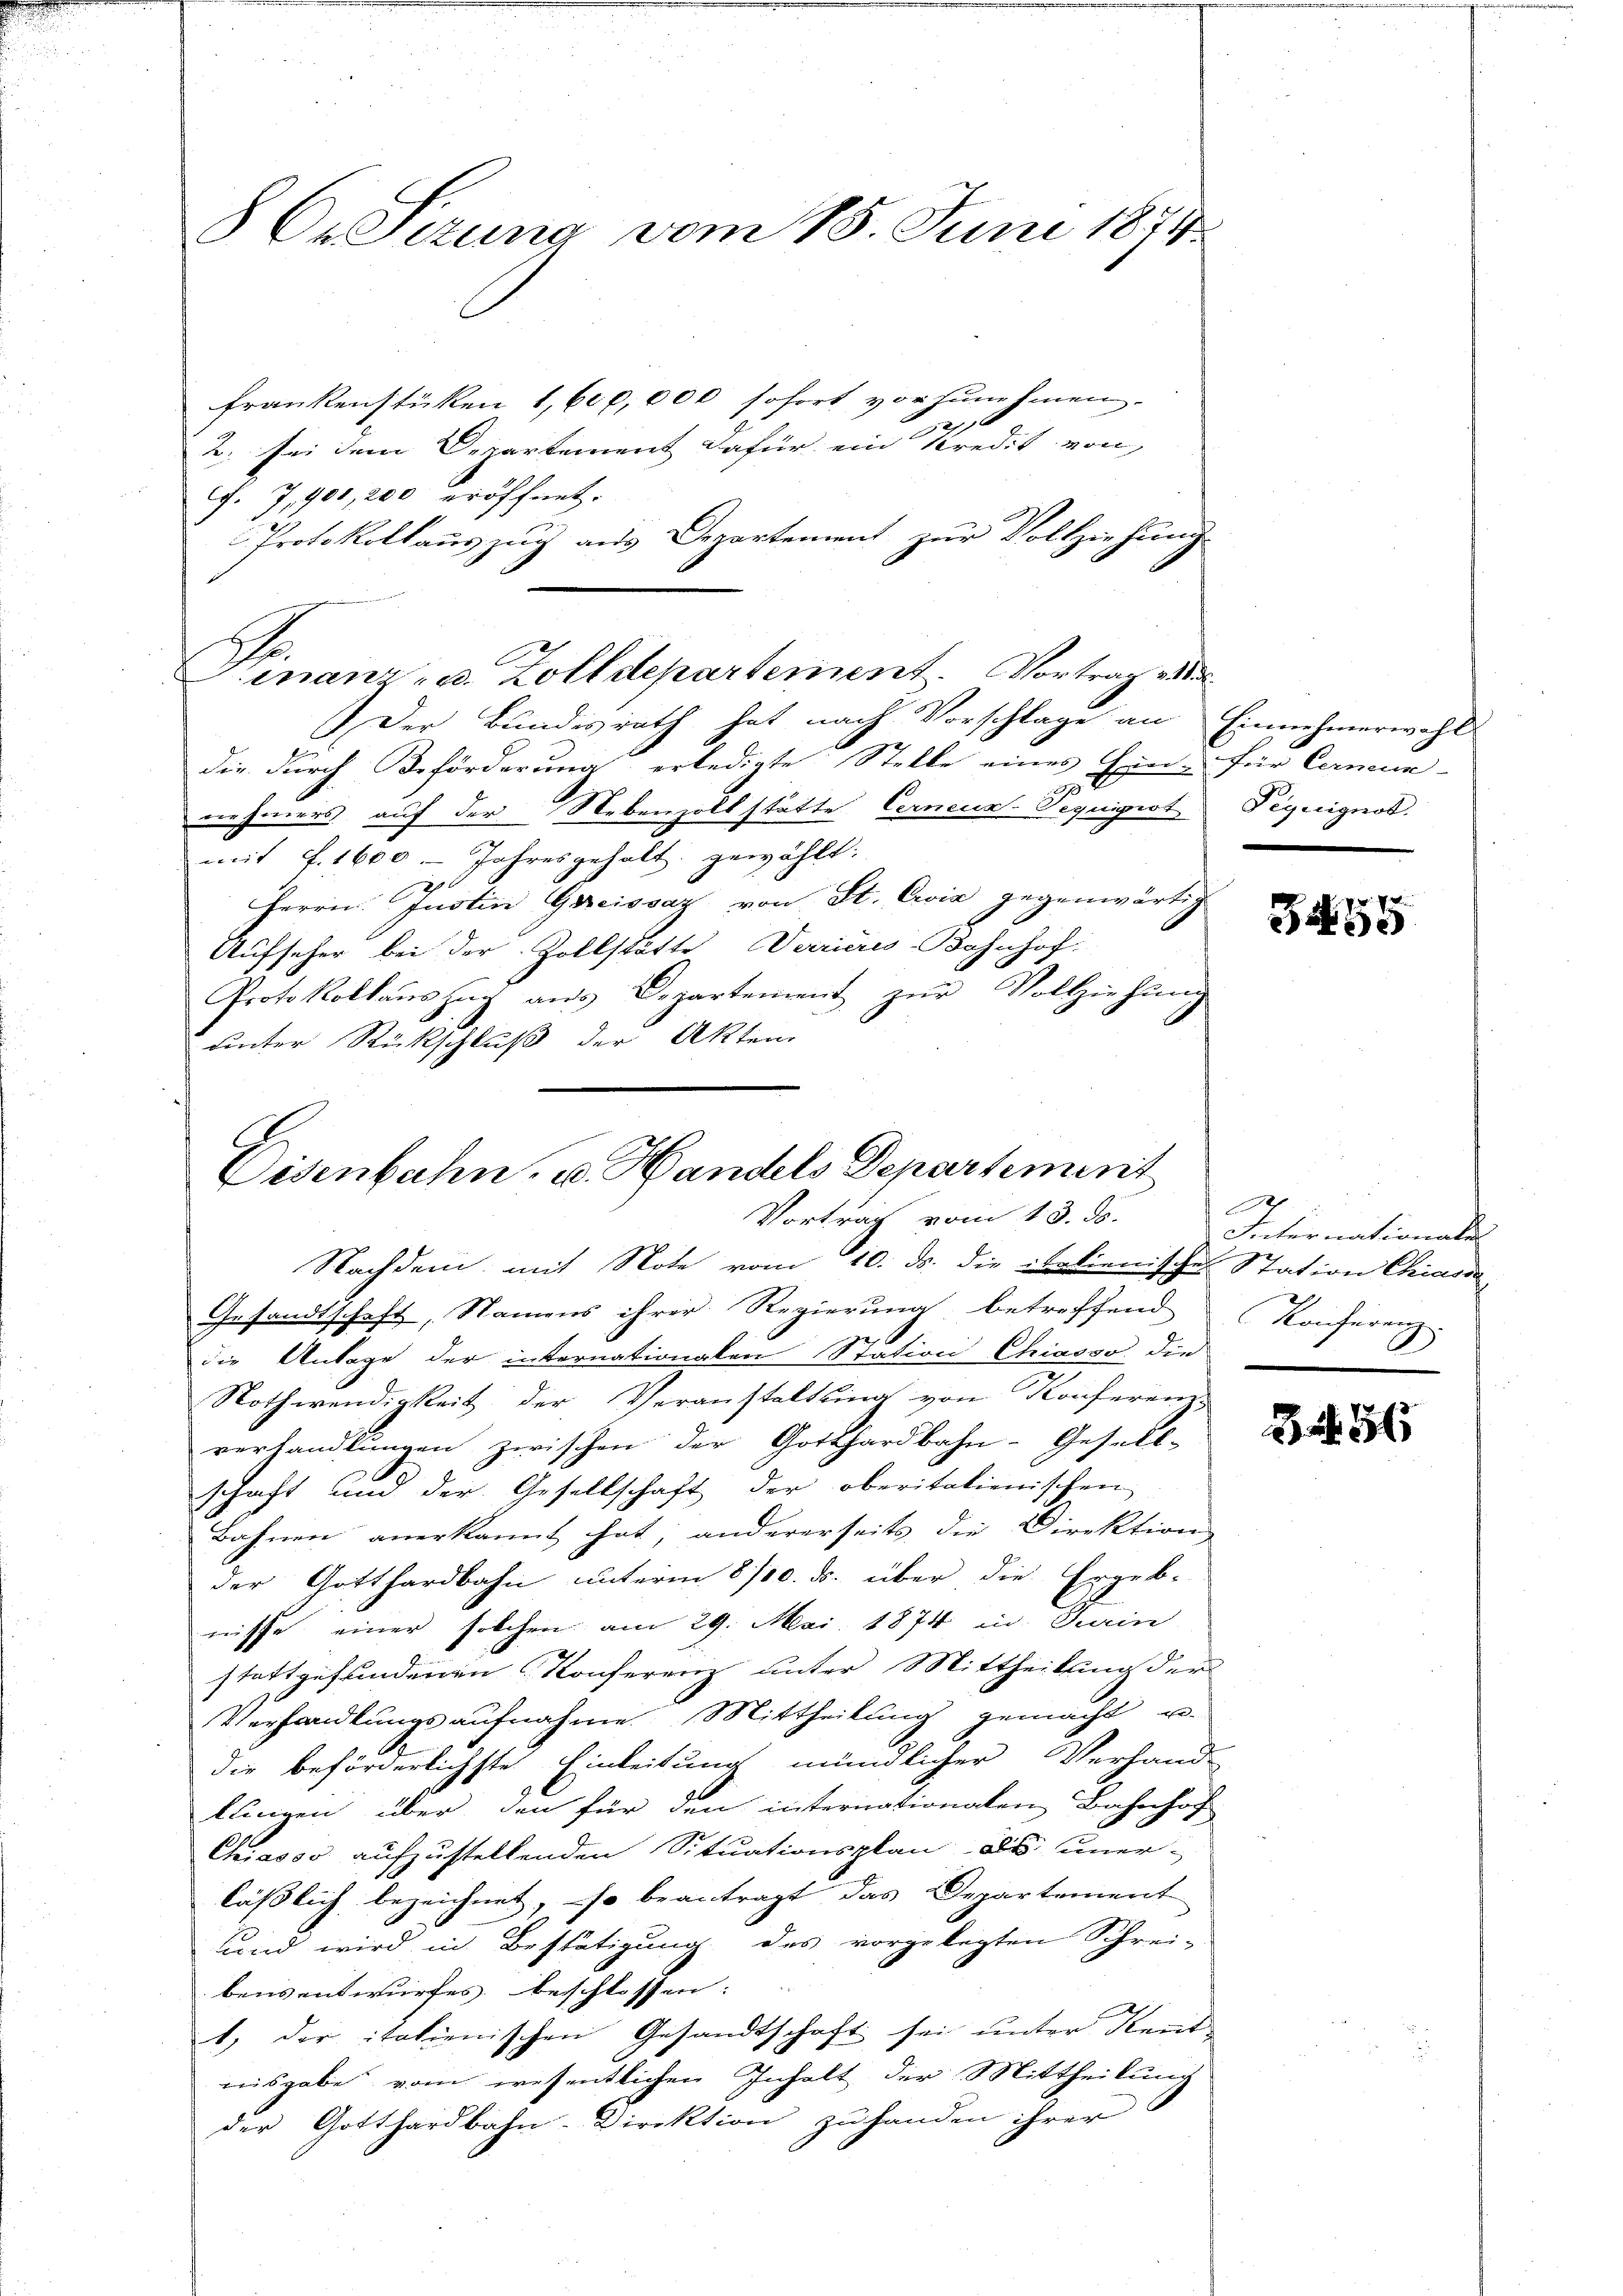
8 C. Sizung vom 15. Juni 1874

Frankenstücken 1,600,000 sofort vorzunehmen.
e
2. bei dem Departement dafür ein Kredit von
f. 7, 900,200 eröffnet.
Protokollauszug aus Departement zur Vollziehung
Der Bundesrath hat nach Vorschlage an Einnehmerwahl
die durch Beförderung erledigte Stelle eines Ein- für Carmun-
2
nehmers auf der Nebenzollstätte Cerneur Sequipist Peguignot.
mit f. 1600. Jahresgehalt gewählt:
Herrn. Justin Gereissaz von St. Eis gegenwärtig
Aufseher bei der Zollstätte errieres-Bahnhof-
Protokollaŭszŭg aŭs Departement zŭr Vollziehŭng
unter Rückschluß der Akten

Finanz- u. Zolldepartement. Vortrag d

Eisenbahn, u. Handels Departement
Vortrag vom 13. ds.

Nachdem mit Note vom 10. ds. die italienisches Station Chiavo
Gesandtschaft, Namens ihrer Regierung betreffend Konferenz
die Anlage der internationalen Station Chiasso die
Nothwendigkeit der Veranstaltung von Konferenz-
verhandlŭngen zwischen der Gotthardbahn- Gesell-
schaft und der Gesellschaft der oberitalienischen
Bahnen anerkannt hat; andererseits die Direktion
der Gotthardbahn unterm 8/10. ds. über die Ergeb-
nisse einer solchen am 29. Mai 1874 in Turin
stattgefundenen Konferenz unter Mittheilung der
Verhandlungsaufnahme Mittheilung gemacht u.
die beförderlichste Einleitung mündlicher Verhand-
lungen über den für den internationalen Bahnhof
Chiasso aufzustellenden Situationsplan als unerläßlich bezeichnet, so beantragt das Departement
uund wird in Bestätigung des vorgelegten Schrei-
bensentwurfes beschlossen:
1) der italienischen Gesandtschaft sei unter Kent
nisgabe vom wesentlichen Inhalt der Mittheilung
der Gotthardbahn-Direktion zu handen ihrer

3455

Sch
Internationale
g
d

34 56